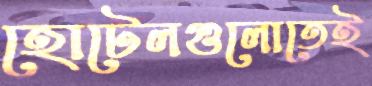
হোটেলগুলোতেই